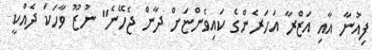
ފިއުނާ އާއި އަޒްރާ އަހަރެންގެ ކައިވެންޏަށް ދާން ޖެހޭނެ" ނުޒޫ ވާހަކަ ދެއްކީ